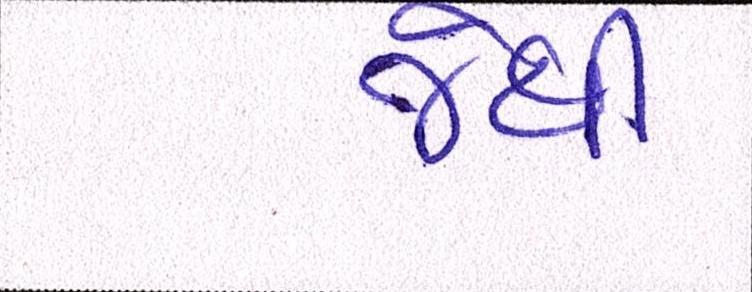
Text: જેથી